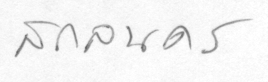
สกลนคร